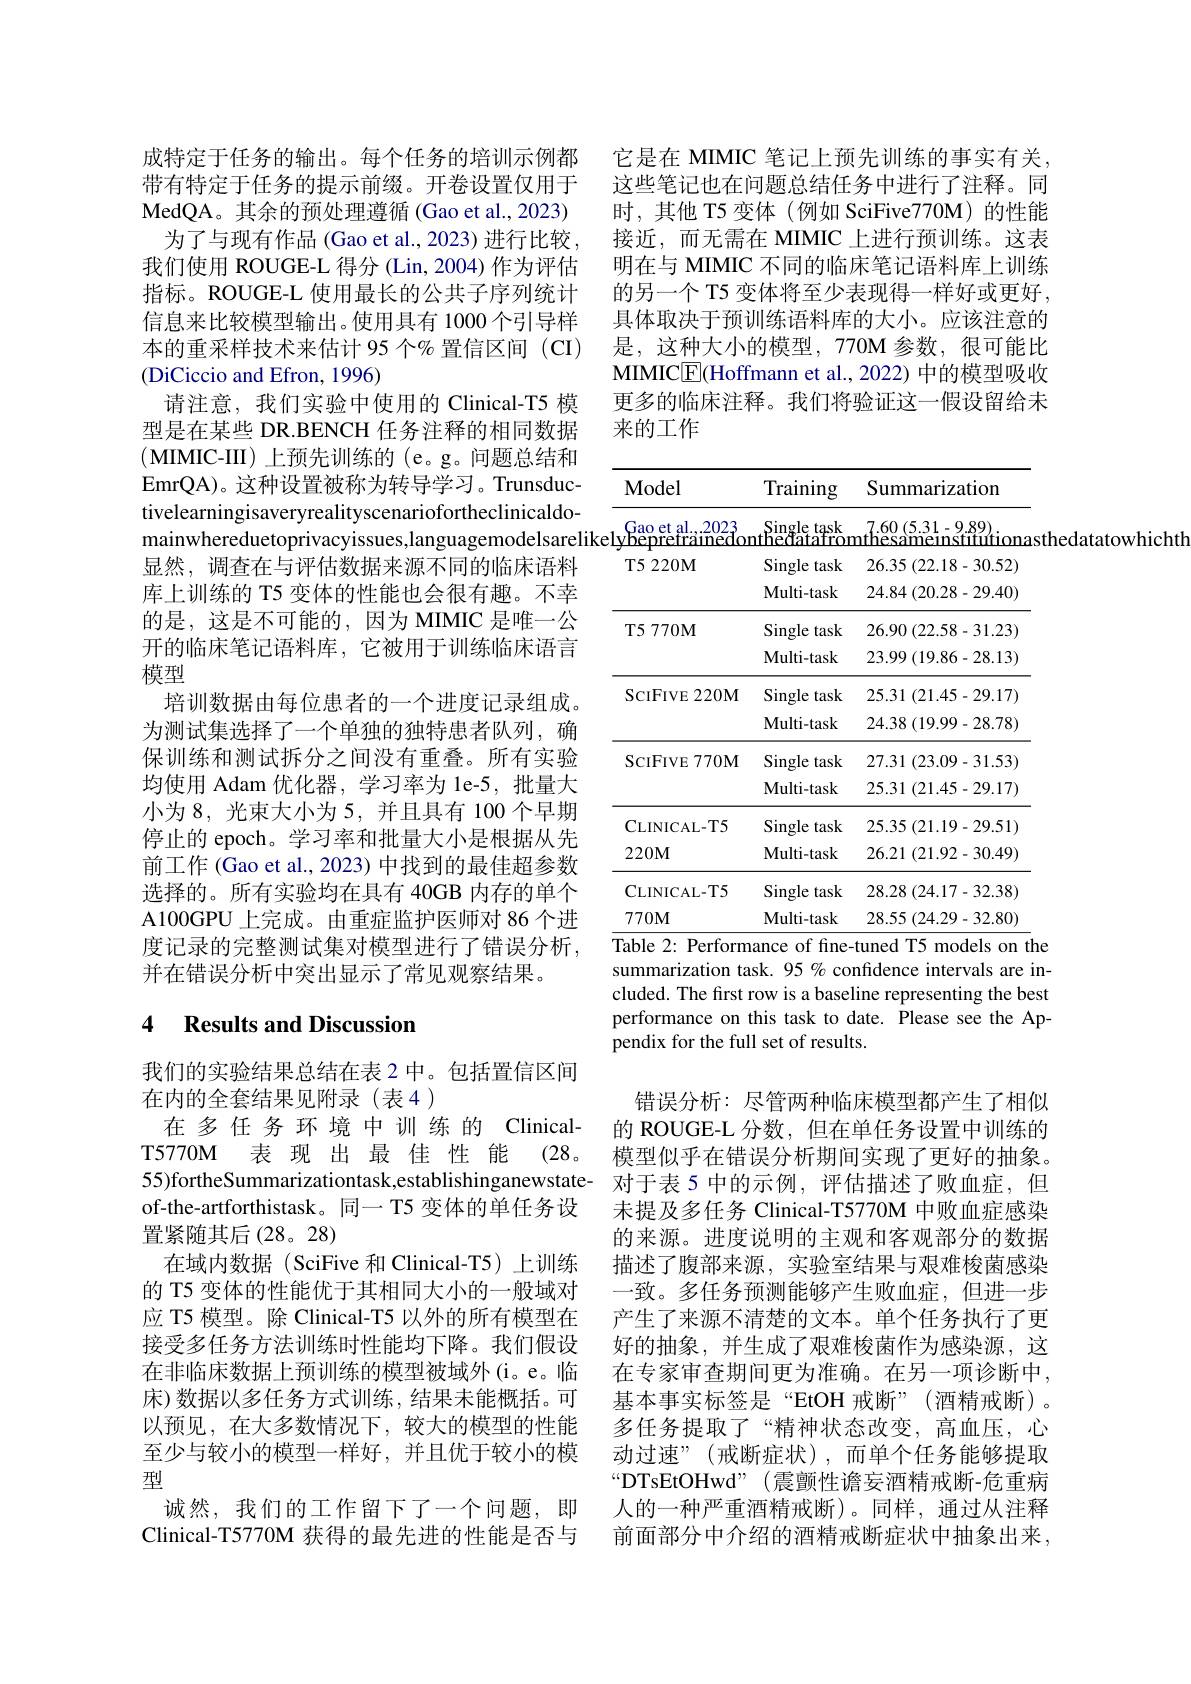
(DiCiccio and Efron, 1996)

成特定于任务的输出。每个任务的培训示例都带有特定于任务的提示前缀。开卷设置仅用于MedQA。其 余 的 预 处 理 遵 循 ( Gao et al. , 2023)
为了与现有作品 (Gao et al., 2023) 进行比较我们使用 ROUGE-L 得分 (Lin,2004) 作为评估指标。ROUGE-L 使用最长的公共子序列统计信息来比较模型输出。使用具有 1000 个引导样本的重采样技术来估计 95 个% 置信区间 (CI)
请注意，我们实验中使用的 Clinical-T5 模型是在某些 DR.BENCH 任务注释的相同数据$({\mathrm{MIMIC-III}})$上预先训练的 (e。g。问题总结和EmrQA)。这种设置被称为转导学习。Trunsductivelearningisaveryrealityscenariofortheclinicaldo显然，调查在与评估数据来源不同的临床语料库上训练的 T5 变体的性能也会很有趣。不幸的是，这是不可能的，因为 MIMIC 是唯一公开的临床笔记语料库，它被用于训练临床语言模型
培训数据由每位患者的一个进度记录组成。为测试集选择了一个单独的独特患者队列，确保训练和测试拆分之间没有重叠。所有实验均使用 Adam 优化器，学习率为 le-5, 批量大小为 8, 光束大小为 5, 并且具有 100 个早期停止的 epoch。学习率和批量大小是根据从先前工作 (Gao et al., 2023) 中找到的最佳超参数选择的。所有实验均在具有 40GB 内存的单个A100GPU 上完成。由重症监护医师对 86 个进度记录的完整测试集对模型进行了错误分析， 并在错误分析中突出显示了常见观察结果。

## 4 Results and Discussion

我们的实验结果总结在表 2 中。包括置信区间
在内的全套结果见附录(表4)
在多任务环境中训练的 ClinicalT5770M 表 现 出 最 佳 性 能 (28。55)fortheSummarizationtask,establishinganewstate- 对于表 5 中的示例，评估描述了败血症，但
of-the-artforthistask。同一 T5 变体的单任务设
置紧随其后(28。28)
在域内数据(SciFive 和 Clinical-T5) 上训练的 T5 变体的性能优于其相同大小的一般域对应 T5 模型。除 Clinical-T5 以外的所有模型在接受多任务方法训练时性能均下降。我们假设在非临床数据上预训练的模型被域外(i。e。临床)数据以多任务方式训练，结果未能概括。可以预见，在大多数情况下，较大的模型的性能至少与较小的模型一样好，并且优于较小的模型
诚然，我们的工作留下了一个问题，即Clinical-T5770M 获得的最先进的性能是否与

它是在 MIMIC 笔记上预先训练的事实有关， 这些笔记也在问题总结任务中进行了注释。同时，其他 T5 变体(例如 SciFive770M)的性能接近，而无需在 MIMIC 上进行预训练。这表明在与 MIMIC 不同的临床笔记语料库上训练的另一个 T5 变体将至少表现得一样好或更好， 具体取决于预训练语料库的大小。应该注意的是，这种大小的模型，770M 参数，很可能比MIMIC$\boxed{\mathrm{E}}($Hoffmann et al., 2022) 中的模型吸收更多的临床注释。我们将验证这一假设留给未来的工作

<table>
	<tbody>
		<tr>
			<th>Model</th>
			<th>Training</th>
			<th>Summarization</th>
		</tr>
		<tr>
			<td>$\mathbf{Gao~et~al.,2023}$ $z$bepretrainedor</td>
			<td>$\underline{\text{Single task}}$ ror</td>
			<td>7.60 (5.31-9.89) nthesameinstitutionas</td>
		</tr>
		<tr>
			<td rowspan="2">T5 220M</td>
			<td>Single $\Xi task$</td>
			<td>26.35 (22.18-30.52)</td>
		</tr>
		<tr>
			<td>Multi-task</td>
			<td>24.84 (20.28 -29.40)</td>
		</tr>
		<tr>
			<td rowspan="2">T5 770M</td>
			<td>Single $\Xi$task</td>
			<td>26.90 (22.58-31.23)</td>
		</tr>
		<tr>
			<td>Multi-task</td>
			<td>23.99 (19.86-28.13)</td>
		</tr>
		<tr>
			<td rowspan="2">SCIFIVE 220M</td>
			<td>Single $\Xi task$</td>
			<td>25.31 (21.45-29.17)</td>
		</tr>
		<tr>
			<td>Multi-task</td>
			<td>24.38 (19.99-28.78)</td>
		</tr>
		<tr>
			<td rowspan="2">SCIFIVE 770M</td>
			<td>Single task</td>
			<td>27.31 (23.09-31.53)</td>
		</tr>
		<tr>
			<td>Multi-task</td>
			<td>25.31 (21.45-29.17)</td>
		</tr>
		<tr>
			<td>CLINICAL- T5</td>
			<td>Single task</td>
			<td>25.35 (21.19-29.51)</td>
		</tr>
		<tr>
			<td>$220M$</td>
			<td>Multi-task</td>
			<td>26.21 (21.92-30.49)</td>
		</tr>
		<tr>
			<td>CLINICAL- TS</td>
			<td>Single task</td>
			<td>28.28 (24.17-32.38)</td>
		</tr>
		<tr>
			<td>$770M$</td>
			<td>Multi-task</td>
			<td>28.55 (24.29-32.80)</td>
		</tr>
	</tbody>
</table>
Table 2: Performance of fine-tuned T5 models on the

summarization task. 95 % confidence intervals are included. The first row is a baseline representing the best performance on this task to date. Please see the Appendix for the full set of results.

错误分析：尽管两种临床模型都产生了相似的 ROUGE-L 分数，但在单任务设置中训练的模型似乎在错误分析期间实现了更好的抽象。未提及多任务 Clinical-T5770M 中败血症感染的来源。进度说明的主观和客观部分的数据描述了腹部来源，实验室结果与艰难梭菌感染一致。多任务预测能够产生败血症，但进一步产生了来源不清楚的文本。单个任务执行了更好的抽象，并生成了艰难梭菌作为感染源，这在专家审查期间更为准确。在另一项诊断中， 基本事实标签是“EtOH 戒断”(酒精戒断)。多任务提取了“精神状态改变，高血压，心动过速”(戒断症状),而单个任务能够提取“DTsEtOHwd”(震颤性谵妄酒精戒断-危重病人的一种严重酒精戒断)。同样，通过从注释前面部分中介绍的酒精戒断症状中抽象出来，